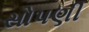
સોપણી